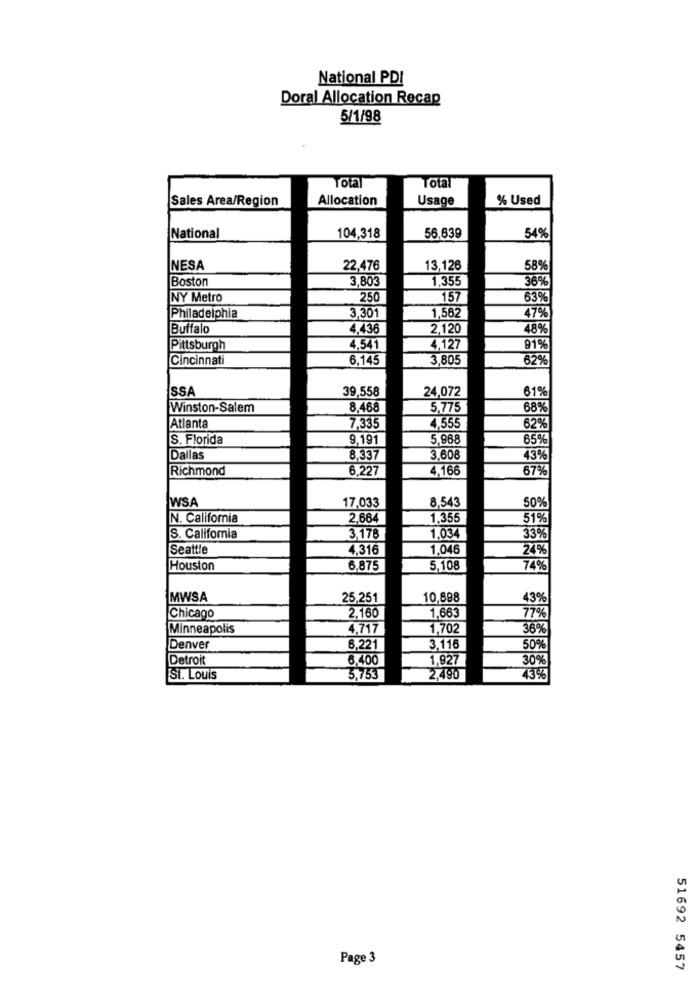
National PDI
Doral Allocation Recap
5/1/98
Total
Total
Sales Area/Region
Allocation
Usage
% Used
56,639
National
104,318
54%
NESA
22,476
13,126
58%
Boston
3,803
1,355
36%
NY Metro
250
157
63%
1,562
47%
Philadelphia
3,301
Buffalo
4,436
2,120
48%
Pittsburgh
4,541
4,127
91%
Cincinnati
6,145
3,805
62%
SSA
39,558
24,072
61%
Winston-Salem
8,468
5,775
68%
Atlanta
7,335
4.555
62%
S. Florida
9,191
5,968
65%
Dallas
8.337
3.608
43%
Richmond
6.227
4,166
67%
WSA
17,033
50%
8,543
N. California
2,664
1.355
51%
S. California
3,178
1,034
33%
Seattle
4.316
1,046
24%
Houston
6,875
5,108
74%
MWSA
25,251
10,898
43%
2.160
1,663
77%
Chicago
Minneapolis
4.717
1,702
36%
Denver
6,221
3.116
50%
Detroit
6.400
1.927
30%
St. Louis
5,753
2.490
73%
Page 3
51692 5457